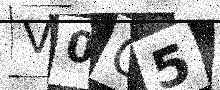
Text: V0O5